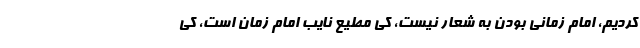
کردیم، امام زمانی بودن به شعار نیست، کی مطیع نایب امام زمان است، کی